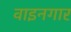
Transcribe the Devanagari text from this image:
वाइनगार